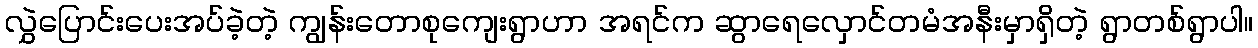
လွှဲပြောင်းပေးအပ်ခဲ့တဲ့ ကျွန်းတောစုကျေးရွာဟာ အရင်က ဆွာရေလှောင်တမံအနီးမှာရှိတဲ့ ရွာတစ်ရွာပါ။